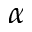
\alpha